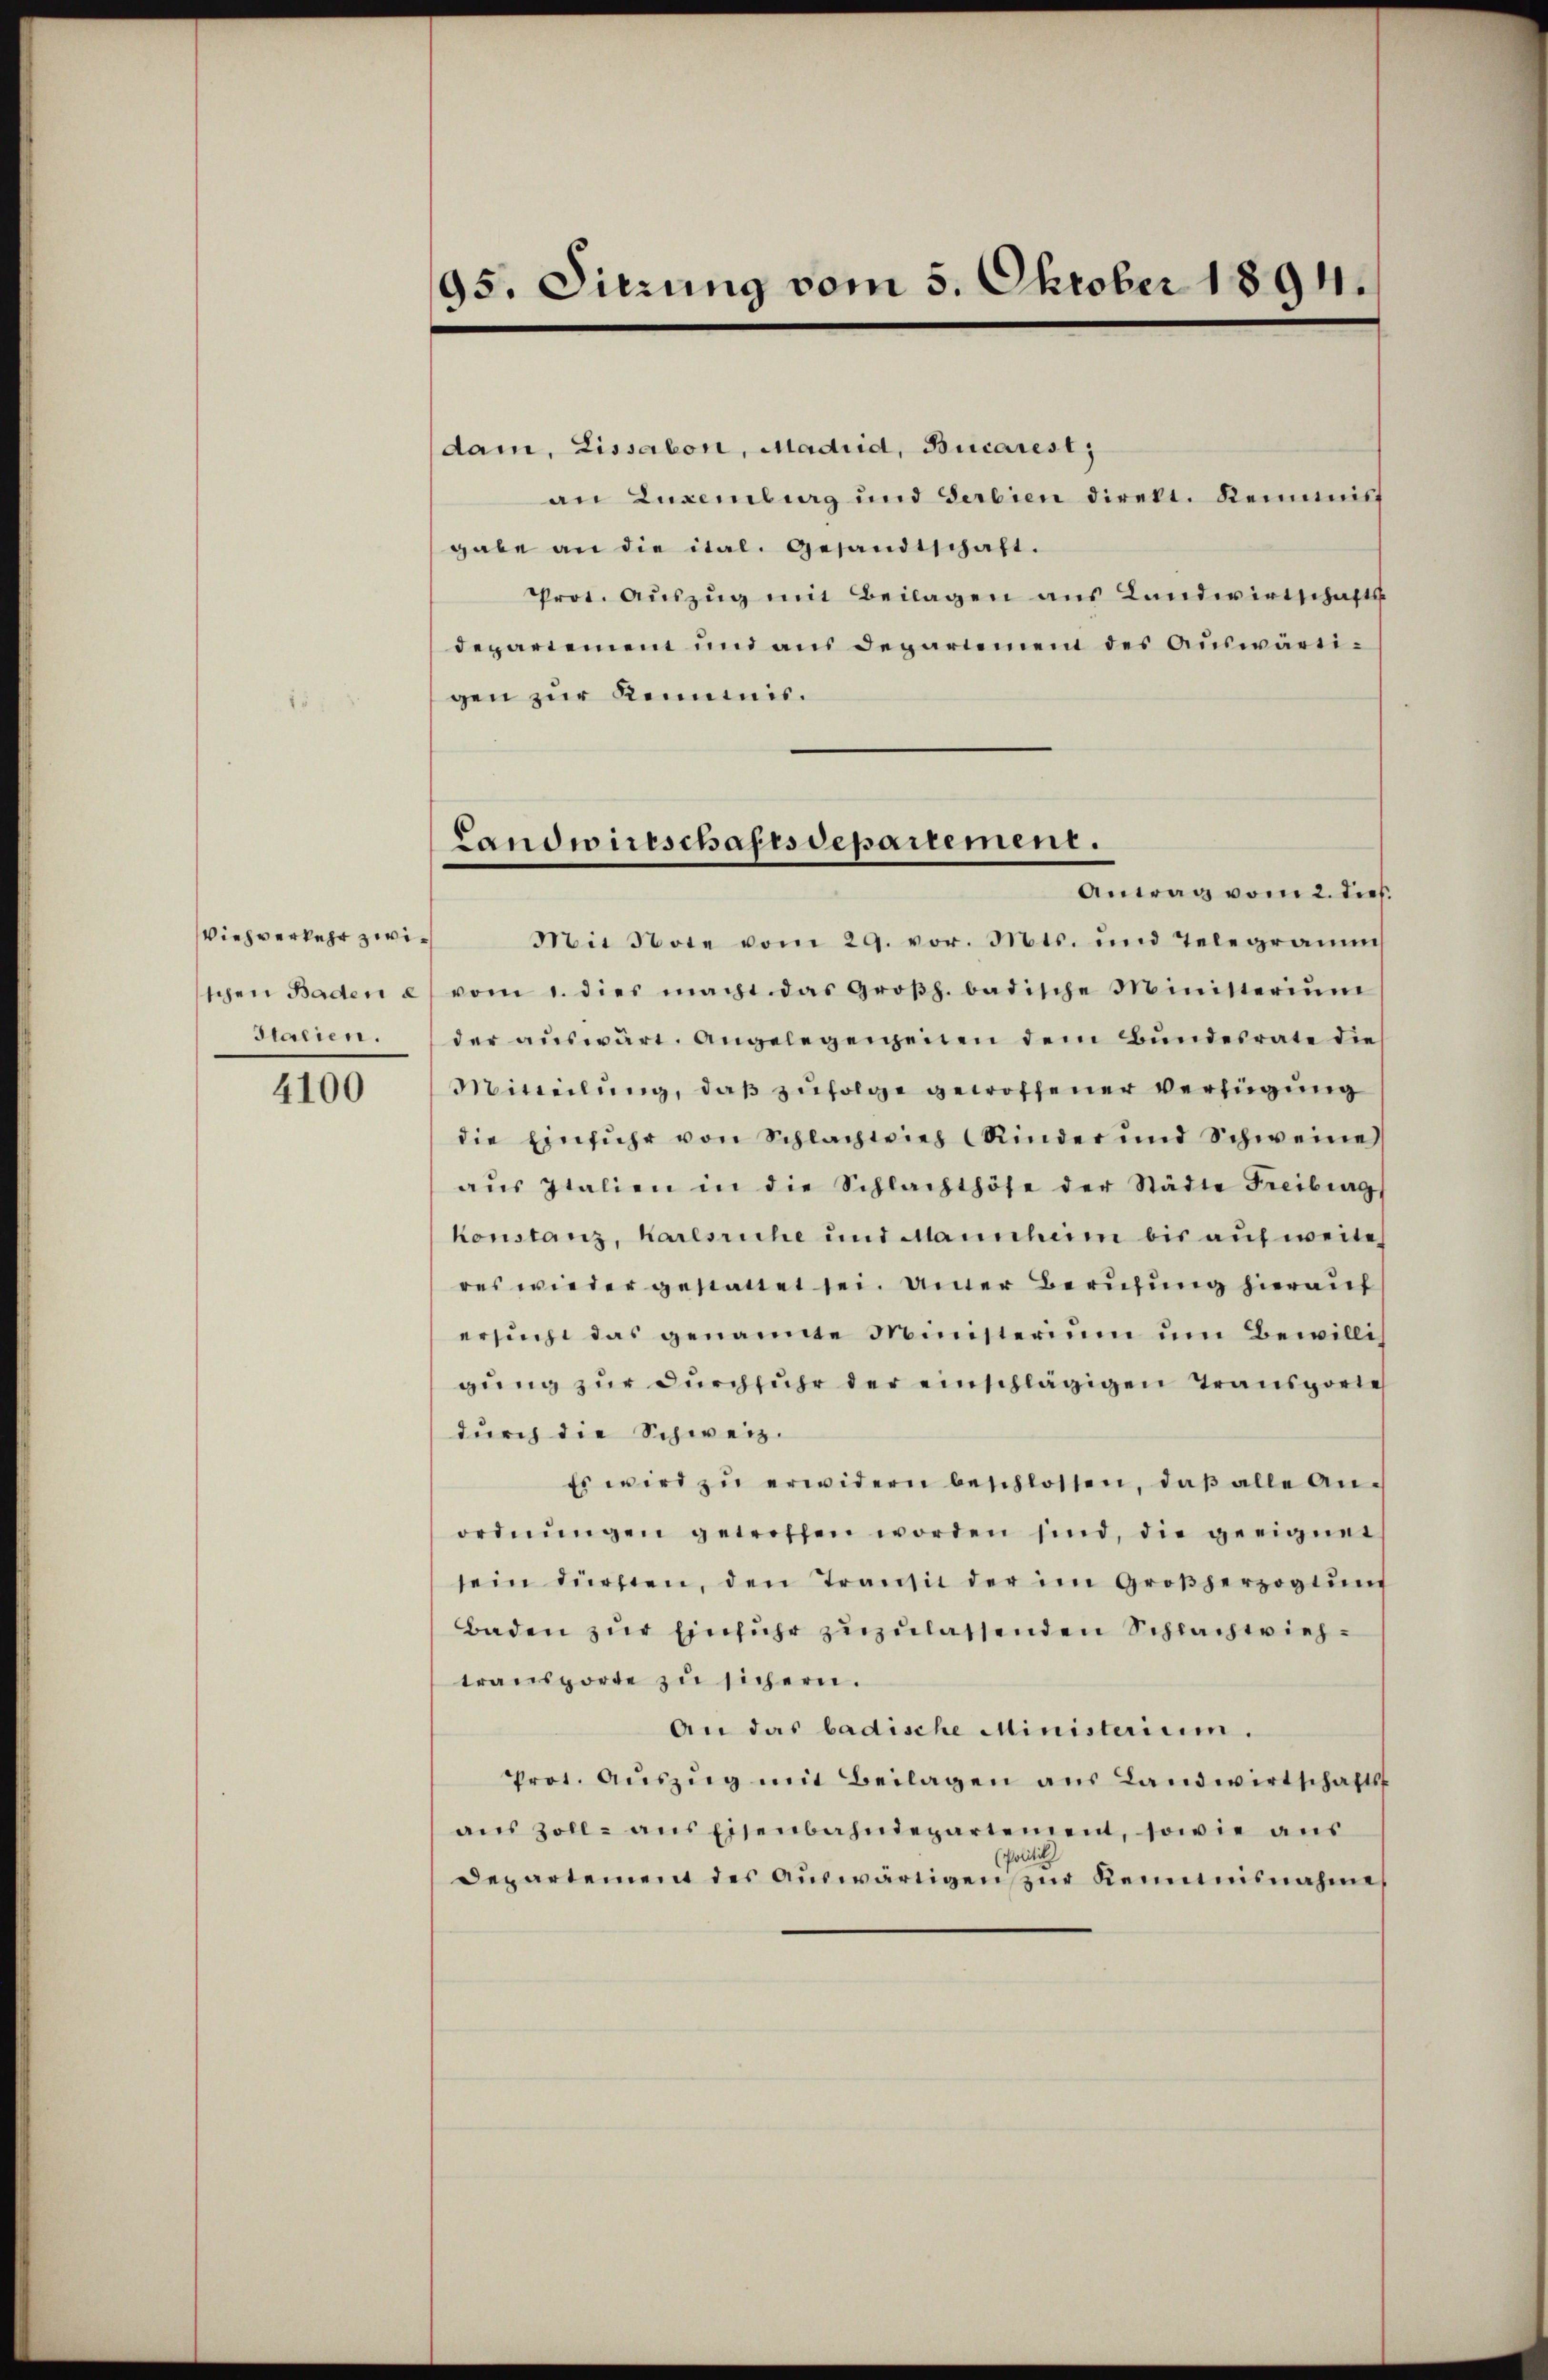
Viehverkehr zwischen Baden e
Staeien.

4100

95. Sierung vom 5. Oktober 1894.

dam, Lissabon, Madrid, Bucarest;
an Luxenburg und Serbien direkt. Keimis
gabe an die ital. Gesandtschaft.
Prot. Aŭszŭg mit Beilagen aus Landwirtschafts
departemen und aus departemen des Auswärtigen zur Kommis.
Mit Note vom 29. vor. Mts. und Telegramm
vom 1. dies macht das Großh. badische Ministeriŭm
der aŭswärt. Angelegengenen dem Bundesrate die
Mitteilung, daß zufolge gewoffener Verfügung
die Einfuhr von Schlachtvieh (Kinder und Schweine
aŭs Italien in die Schlachthöfe der Städte Freiburg
Konstanz, Karlsriche und Mannheim bis auf weite
res wieder gestattet sei. Anner Berufung hierauf
ersucht das genannte Ministerium um Bewillis
gung zur Durchfuhr der einschlägigen Transporte
durch die Schweiz.
Es wird zŭ erwidern beschlossen, daß alle Anordnŭngen getroffen worden sind, die geeignet
sein dürften, den Transit der im Großherzogtung
Baden zur Einfuhr zuzulassenden Schlachtviehtransporte zŭ sichern.
An das badische Ministerium.
Prot. Aŭszŭg mit Beilagen aŭs Landwirtschafts
ans Zoll ans Eisenbahndepartement, sowie aŭs
(Politi
departement des aŭswärtigen zŭr Kenntnisnahme

Landwirtschaftsdepartement.
Antrag vom 2. dieß.